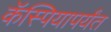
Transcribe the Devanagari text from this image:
कॅस्पियापर्यंत